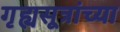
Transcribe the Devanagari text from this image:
गृह्यसूत्रांच्या